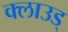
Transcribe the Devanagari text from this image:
क्लाउड्